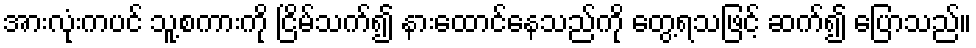
အားလုံးကပင် သူ့စကားကို ငြိမ်သက်၍ နားထောင်နေသည်ကို တွေ့ရသဖြင့် ဆက်၍ ပြောသည်။